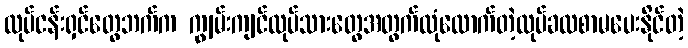
လုပ်ငန်းရှင်တွေဘက်က ကျွမ်းကျင်လုပ်သားတွေအတွက်လုံလောက်တဲ့လုပ်ခလစာမပေးနိုင်တဲ့